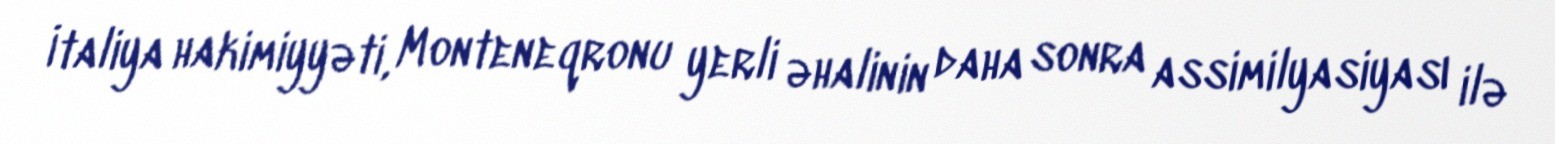
İtaliya hakimiyyəti, Monteneqronu yerli əhalinin daha sonra assimilyasiyası ilə